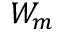
W _ { m }